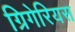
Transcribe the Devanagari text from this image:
ग्रिगेरियस